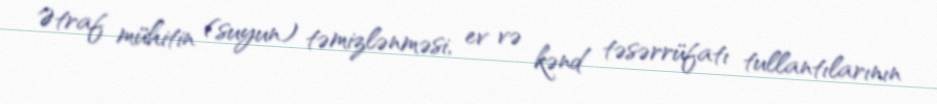
Ətraf mühitin (suyun) təmizlənməsi, ev və kənd təsərrüfatı tullantılarının